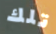
تلك